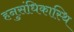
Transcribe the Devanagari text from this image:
हनुसंधिकास्थि